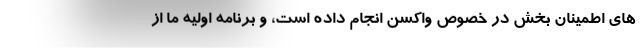
های اطمینان بخش در خصوص واکسن انجام داده است، و برنامه اولیه ما از